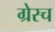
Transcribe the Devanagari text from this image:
ग्रेस्च